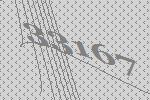
33167